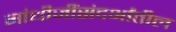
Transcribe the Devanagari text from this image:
गांधीजींसंदर्भांतील